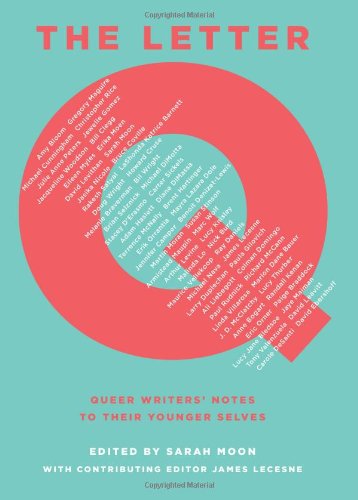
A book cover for The Letter Q: Queer Writers' Notes to their Younger Selves; Sarah Moon; Gay & Lesbian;